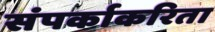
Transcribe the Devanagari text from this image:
संपर्काकरिता